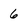
Character: 6